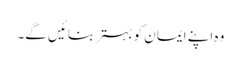
وہ اپنے ایمان کو بہتر بنائیں گے۔